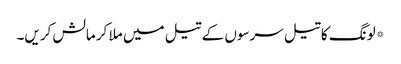
*لونگ کا تیل سرسوں کے تیل میں ملا کر مالش کریں۔